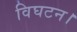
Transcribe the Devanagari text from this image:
विघटन।